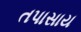
તપાસાય